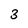
Character: 3